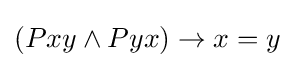
(Pxy\land Pyx)\rightarrow x=y